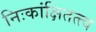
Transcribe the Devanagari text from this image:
निःकांक्षितत्त्व